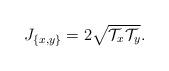
LaTeX: \begin{align*} J_{\{ x,y\}} = 2\sqrt{\mathcal{T}_x \mathcal{T}_y}.\end{align*}